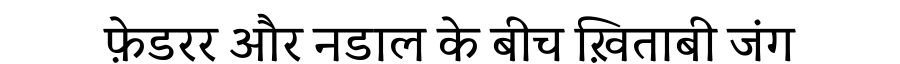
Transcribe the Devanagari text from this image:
फ़ेडरर और नडाल के बीच ख़िताबी जंग